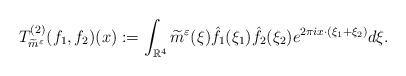
LaTeX: \begin{align*} T_{\widetilde{m}^{\varepsilon}}^{(2)}(f_{1},f_{2})(x):=\int_{\mathbb{R}^{4}}\widetilde{m}^{\varepsilon}(\xi)\hat{f_{1}}(\xi_{1})\hat{f_{2}}(\xi_{2}) e^{2\pi ix\cdot(\xi_{1}+\xi_{2})}d\xi.\end{align*}